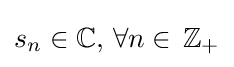
s_{n}\in \mathbb {C} ,\,\forall n\in \,\mathbb {Z} _{+}